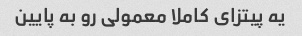
یه پیتزای کاملا معمولی رو به پایین